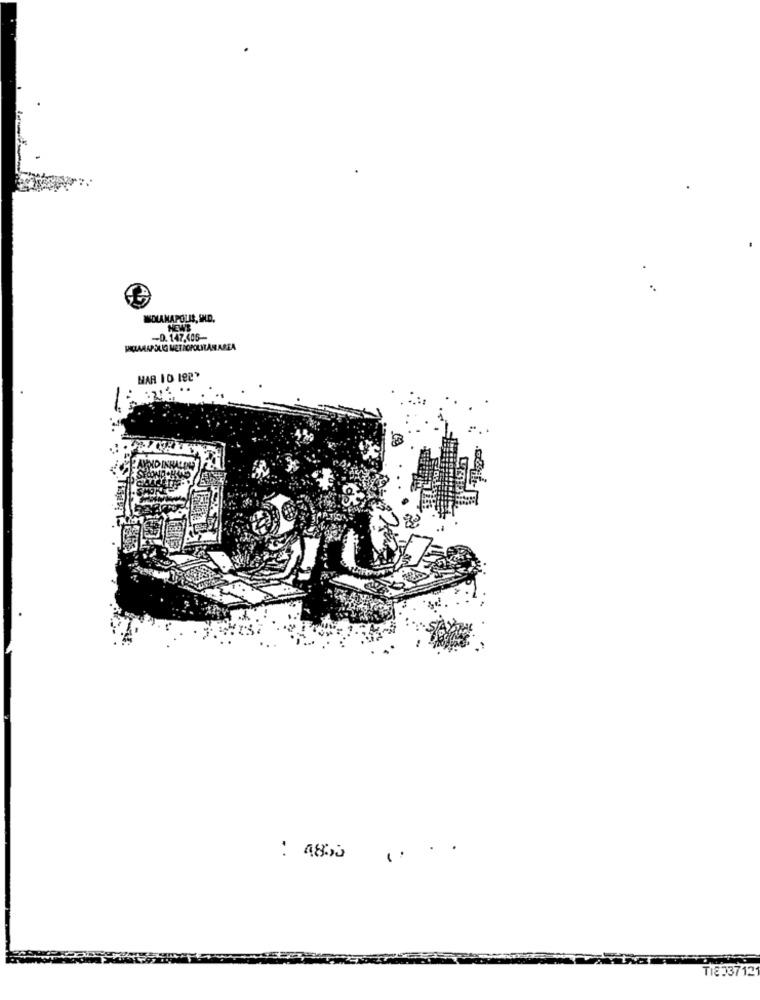
..
WOLANAPOLIS, IND.
NEWS
-D. 147.405-
DICLARAPOLIG METROPOLITANAREA
MAR 10 182>
..
1.
TI833712